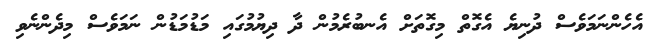
އެހެންނަމަވެސް ދުނިޔެ އެގޮތް މިގޮތަށް އެނބުރެމުން ދާ ދިޔުމުގައި މަޑުމަޑުން ނަމަވެސް މިދެންނެވި